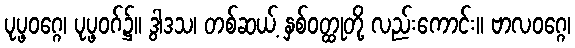
ပုပ္ဖဝဂ္ဂေ၊ ပုပ္ဖဝဂ်၌။ ဒွါဒသ၊ တစ်ဆယ့် နှစ်ဝတ္ထုတို့ လည်းကောင်း။ ဗာလဝဂ္ဂေ၊